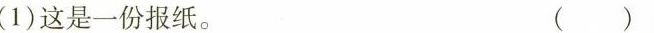
(1)这是一份报纸。 ( )